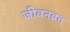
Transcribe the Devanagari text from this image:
जीवनव्रत